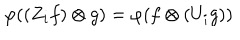
\varphi ( ( Z _ { i } f ) \otimes g ) = \varphi ( f \otimes ( U _ { i } g ) )